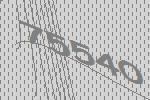
75540